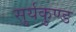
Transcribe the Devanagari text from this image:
सुर्यकुण्ड